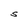
Character: S